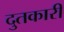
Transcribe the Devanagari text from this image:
दुतकारी